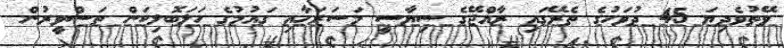
ވޭތުވެދިޔަ 45 ދުވަހުގެ ތެރޭގައި ރާއްޖޭގެ ސިޔާސީ މަސަރަހާއި ގައުމުގެ ހަލަބޮލިކަން ތަސްވީރުން